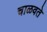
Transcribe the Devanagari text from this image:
चाळवते